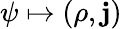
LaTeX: \psi\mapsto(\rho,\mathbf{j})